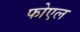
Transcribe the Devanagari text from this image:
फोएल